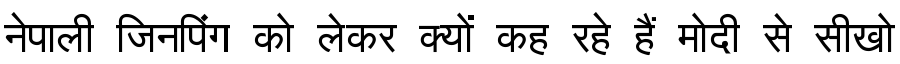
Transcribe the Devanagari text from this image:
नेपाली जिनपिंग को लेकर क्यों कह रहे हैं मोदी से सीखो